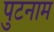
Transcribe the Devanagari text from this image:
पुटनाम